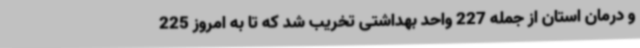
و درمان استان از جمله 227 واحد بهداشتی تخریب شد که تا به امروز 225